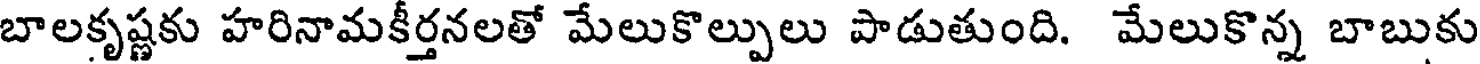
బాలకృష్ణకు హరినామకీర్తనలతో మేలుకొల్పులు పాడుతుంది. మేలుకొన్న బాబుకు